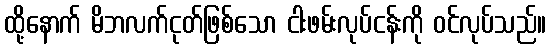
ထို့နောက် မိဘလက်ငုတ်ဖြစ်သော ငါးဖမ်းလုပ်ငန်းကို ဝင်လုပ်သည်။